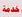
كدمة